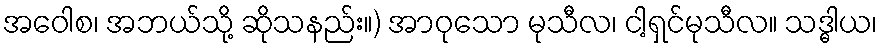
အဝေါစ၊ အဘယ်သို့ ဆိုသနည်း။) အာဝုသော မုသီလ၊ ငါ့ရှင်မုသီလ။ သဒ္ဓါယ၊